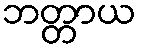
ဘတ္တာယ